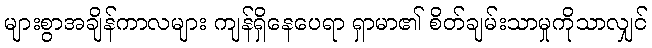
များစွာအချိန်ကာလများ ကျန်ရှိနေပေရာ ရှာမာ၏ စိတ်ချမ်းသာမှုကိုသာလျှင်